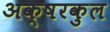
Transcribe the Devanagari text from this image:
अक्षरकुल